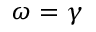
\omega = \gamma